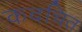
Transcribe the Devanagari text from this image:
कदचित